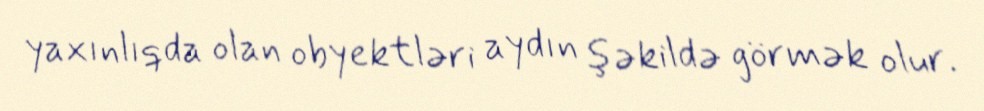
yaxınlıqda olan obyektləri aydın şəkildə görmək olur.